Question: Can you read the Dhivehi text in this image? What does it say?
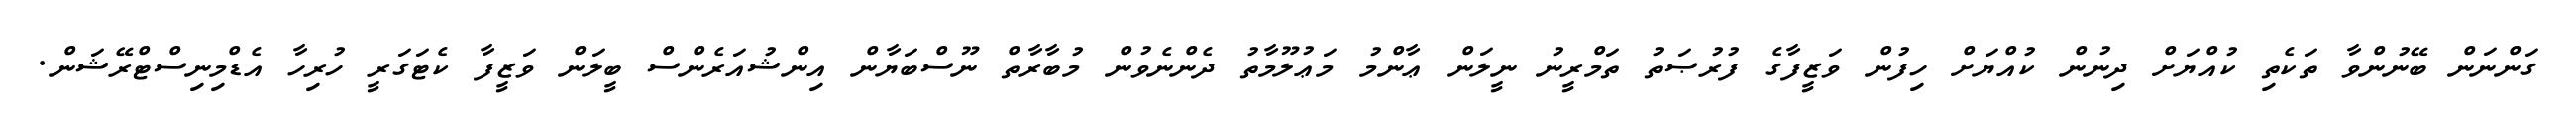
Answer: ގަންނަން ބޭނުންވާ ތަކެތި ކުއްޔަށް ދިނުން ކުއްޔަށް ހިފުން ވަޒީފާގެ ފުރުޞަތު ތަމްރީނު ނީލަން ޢާންމު މަޢުލޫމާތު ދެންނެވުން މުބާރާތް ނޫސްބަޔާން އިންޝުއަރެންސް ބީލަން ވަޒީފާ ކެޓަގަރީ ހުރިހާ އެޑްމިނިސްޓްރޭޝަން.